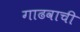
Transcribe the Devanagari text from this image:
गाढवाची